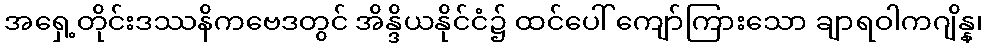
အရှေ့တိုင်းဒဿနိကဗေဒတွင် အိန္ဒိယနိုင်ငံ၌ ထင်ပေါ် ကျော်ကြားသော ချာရဝါကဂျိန္န၊